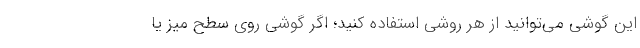
این گوشی می‌توانید از هر روشی استفاده کنید؛ اگر گوشی روی سطح میز یا